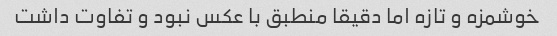
خوشمزه و تازه اما دقیقا منطبق با عکس نبود و تفاوت داشت